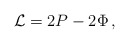
\begin{align*}{\cal L} = 2P - 2\Phi \, , \end{align*}